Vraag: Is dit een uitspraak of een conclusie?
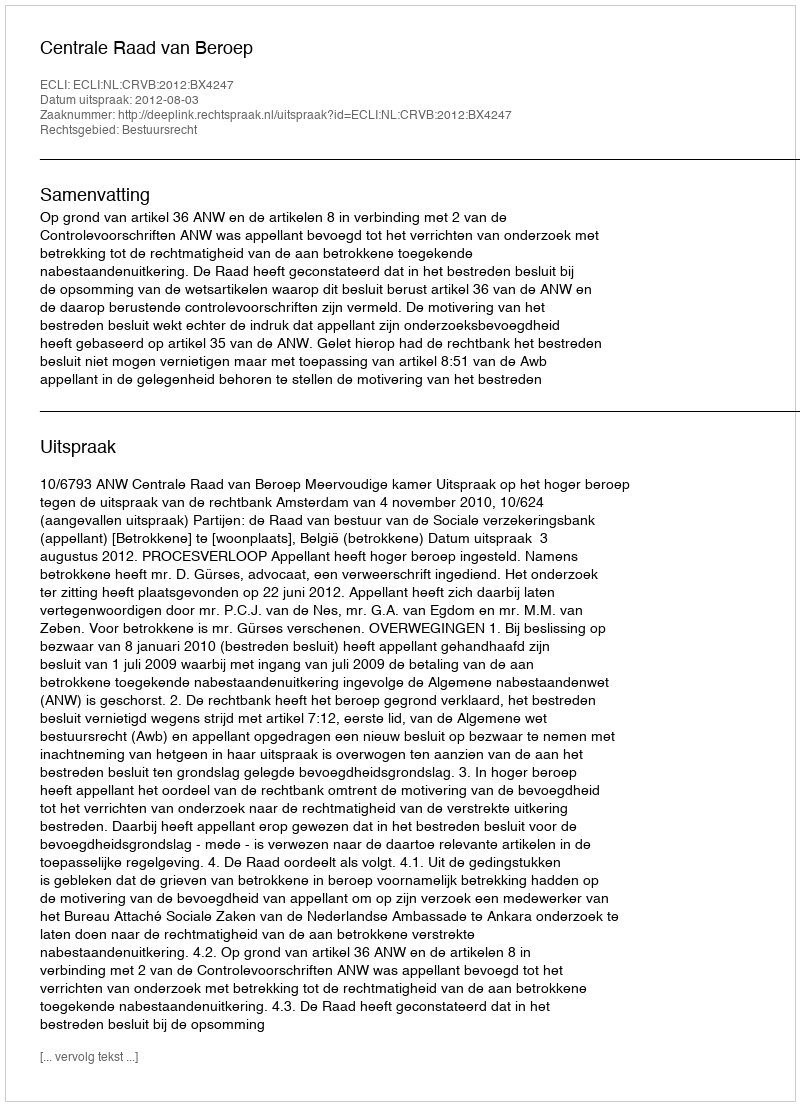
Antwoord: Uitspraak